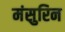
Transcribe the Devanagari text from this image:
मंसुरिन